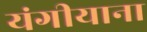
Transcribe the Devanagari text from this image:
यंगीयाना